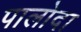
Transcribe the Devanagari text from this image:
पालोदा